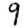
Digit: 9